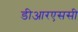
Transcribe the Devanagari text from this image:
डीआरएससी